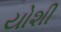
યોશી